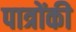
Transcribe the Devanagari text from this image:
पात्रोंकी